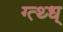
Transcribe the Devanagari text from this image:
ग्त्थ्ध्